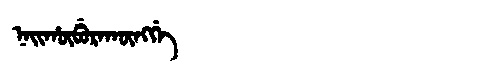
Manchu: ᠨᠠᡳᡥᡡᠪᡠᡵᠠᡴᡡᠩᡤᡝ
Romanization: NAIHŪBURAKŪNGGE